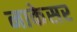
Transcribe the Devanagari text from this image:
नाकेसर